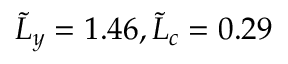
\tilde { L } _ { y } = 1 . 4 6 , \tilde { L } _ { c } = 0 . 2 9